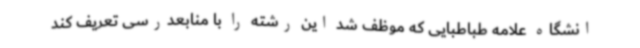
انشگاه علامه طباطبایی که موظف شد این رشته را با منابعدرسی تعریف کند